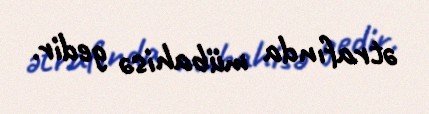
ətrafında mübahisə gedir.